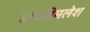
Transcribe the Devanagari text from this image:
डॉ०बिमलेश